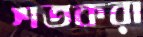
শতকরা